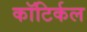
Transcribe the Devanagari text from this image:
कॉटिर्कल